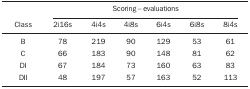
<table><thead><tr><td rowspan="2"><b>Class</b></td><td colspan="6"><b>Scoring - evaluations</b></td></tr><tr><td><b>2i16s</b></td><td><b>4i4s</b></td><td><b>4i8s</b></td><td><b>6i4s</b></td><td><b>6i8s</b></td><td><b>8i4s</b></td></tr></thead><tbody><tr><td>B</td><td>78</td><td>219</td><td>90</td><td>129</td><td>53</td><td>61</td></tr><tr><td>C</td><td>66</td><td>183</td><td>90</td><td>148</td><td>81</td><td>62</td></tr><tr><td>DI</td><td>67</td><td>184</td><td>73</td><td>160</td><td>63</td><td>83</td></tr><tr><td>DII</td><td>48</td><td>197</td><td>57</td><td>163</td><td>52</td><td>113</td></tr></tbody></table>